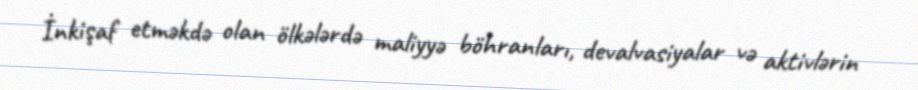
İnkişaf etməkdə olan ölkələrdə maliyyə böhranları, devalvasiyalar və aktivlərin